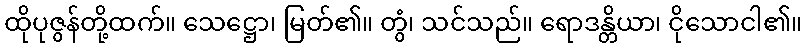
ထိုပုဇွန်တို့ထက်။ သေဋ္ဌော၊ မြတ်၏။ တွံ၊ သင်သည်။ ရောဒန္တိယာ၊ ငိုသောငါ၏။